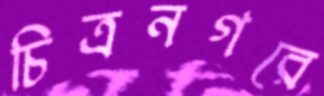
চিত্রনগরে